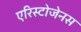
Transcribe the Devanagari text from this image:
एरिस्टोजेनस